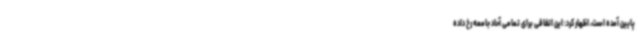
پایین آمده است، اظهار کرد: این اتفاقی برای تمامی آحاد جامعه رخ داده